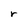
Character: r